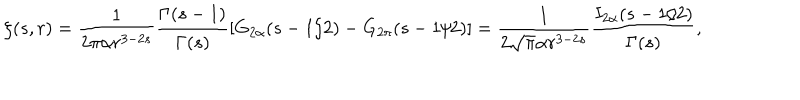
\zeta ( s , r ) = \frac { 1 } { 2 \pi \alpha r ^ { 3 - 2 s } } \frac { \Gamma ( s - 1 ) } { \Gamma ( s ) } \left[ G _ { 2 \alpha } ( s - 1 / 2 ) - G _ { 2 \pi } ( s - 1 / 2 ) \right] = \frac { 1 } { 2 \sqrt \pi \alpha r ^ { 3 - 2 s } } \frac { I _ { 2 \alpha } ( s - 1 / 2 ) } { \Gamma ( s ) } { , }